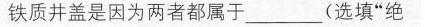
铁质井盖是因为两者都属于___(选填”绝